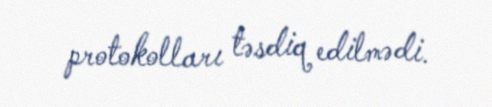
protokolları təsdiq edilmədi.